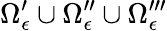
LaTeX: \Omega_{\epsilon}^{\prime}\cup\Omega_{\epsilon}^{\prime\prime}\cup\Omega_{\epsilon}^{\prime\prime\prime}